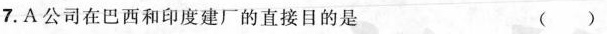
7.A公司在巴西和印度建厂的直接目的是 ()